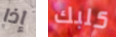
إذا كلبك